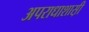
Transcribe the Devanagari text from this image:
अपराधाशास़ी